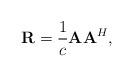
LaTeX: \begin{align*}{\bf{R}} = \frac{1}{c}{\bf{A}}{\bf{A}}^H,\end{align*}